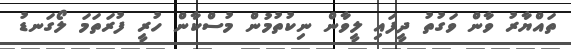
ތައްޔާރު ވާން ވަގުތު ދީފައި ލީވާން ނިކުތުމުން މުސްކާން ހުރީ ފުރަތަމަ ލޯގަނޑު